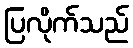
ပြလိုက်သည်